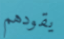
يقودهم